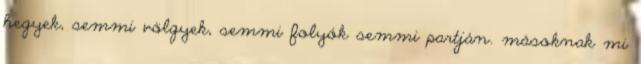
hegyek, semmi völgyek, semmi folyók semmi partján. másoknak mi